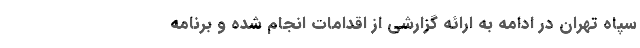
سپاه تهران در ادامه به ارائه گزارشی از اقدامات انجام شده و برنامه